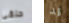
حلقي قد